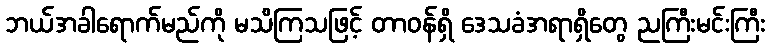
ဘယ်အခါရောက်မည်ကို မသိကြသဖြင့် တာဝန်ရှိ ဒေသခံအရာရှိတွေ ညကြီးမင်းကြီး